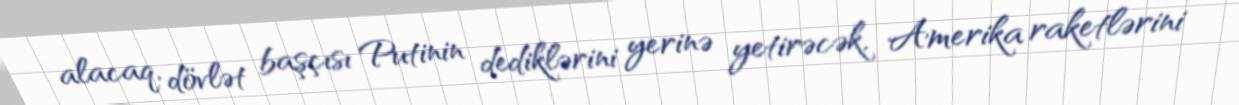
alacaq, dövlət başçısı Putinin dediklərini yerinə yetirəcək, Amerika raketlərini